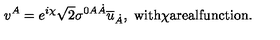
v ^ { A } = e ^ { i \chi } \sqrt { 2 } \sigma ^ { 0 A \dot { A } } \overline { { u } } _ { \dot { A } } , \ \mathrm { w i t h \chi a r e a l f u n c t i o n . }